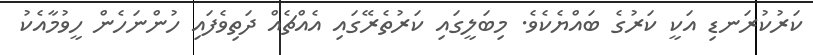
ކަރުކުރަނޑި އަކީ ކަރުގެ ބައްޔެކެވެ. މިބަލީގައި ކަރުތެރޭގައި އެއްޗެއް ދަތިވެފައި ހުންނަހެން ހީވުމާއެކު